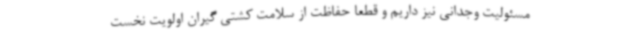
مسئولیت وجدانی نیز داریم و قطعا حفاظت از سلامت کشتی گیران اولویت نخست